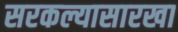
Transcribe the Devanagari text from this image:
सरकल्यासारखा